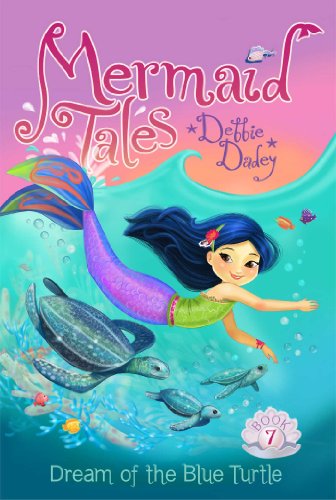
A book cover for Dream of the Blue Turtle (Mermaid Tales); Debbie Dadey; Children's Books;